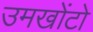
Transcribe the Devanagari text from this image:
उमखोंटो